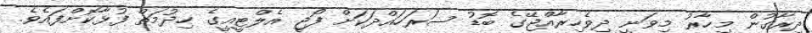
ދިރާގުން މިހާރު މިވަނީ ދިވެހިރާއްޖޭގެ ބޮޑު ސަރަހައްދަކަށް ފޯޖީ އެލްޓީއީގެ ހިދުމަތް ފުޅާކޮށްފައެވެ.